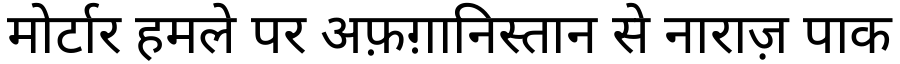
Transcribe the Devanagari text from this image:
मोर्टार हमले पर अफ़ग़ानिस्तान से नाराज़ पाक